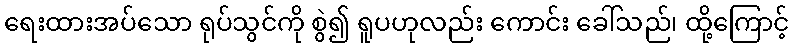
ရေးထားအပ်သော ရုပ်သွင်ကို စွဲ၍ ရူပဟုလည်း ကောင်း ခေါ်သည်၊ ထို့ကြောင့်